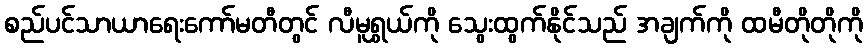
စည်ပင်သာယာရေးကော်မတီတွင် လီမူရွှယ်ကို သွေးထွက်နိုင်သည် အချက်ကို ထမီတိုတိုကို